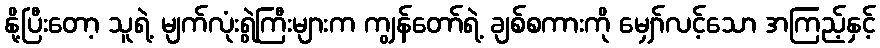
နို့ပြီးတော့ သူရဲ့ မျက်လုံးရွဲကြီးများက ကျွန်တော်ရဲ့ ချစ်စကားကို မျှော်လင့်သော အကြည့်နှင့်